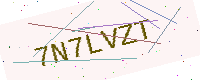
Text: 7N7LVZT